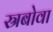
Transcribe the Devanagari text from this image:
स्रबोवा